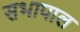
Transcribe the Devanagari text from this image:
सभापाल